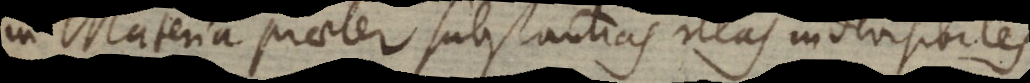
Materia praeter substantias illas indivisibiles